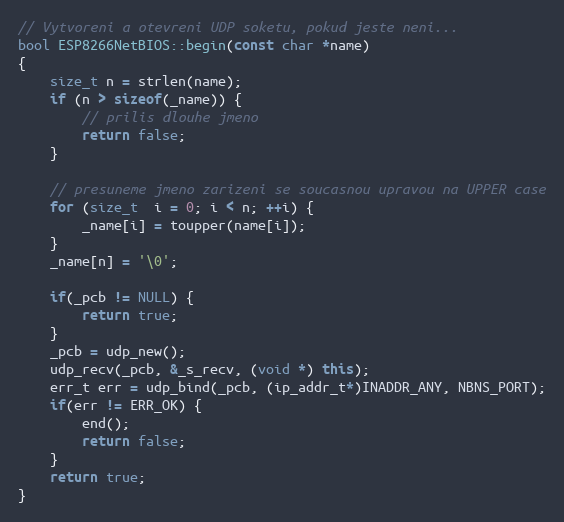
Language: C++
// Vytvoreni a otevreni UDP soketu, pokud jeste neni...
bool ESP8266NetBIOS::begin(const char *name)
{
    size_t n = strlen(name);
    if (n > sizeof(_name)) {
        // prilis dlouhe jmeno
        return false;
    }

    // presuneme jmeno zarizeni se soucasnou upravou na UPPER case
    for (size_t  i = 0; i < n; ++i) {
        _name[i] = toupper(name[i]);
    }
    _name[n] = '\0';

    if(_pcb != NULL) {
        return true;
    }
    _pcb = udp_new();
    udp_recv(_pcb, &_s_recv, (void *) this);
    err_t err = udp_bind(_pcb, (ip_addr_t*)INADDR_ANY, NBNS_PORT);
    if(err != ERR_OK) {
        end();
        return false;
    }
    return true;
}